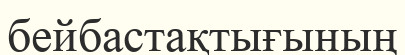
бейбастақтығының